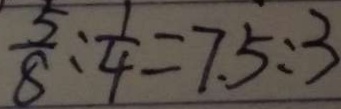
\frac { 5 } { 8 } : \frac { 1 } { 4 } = 7 . 5 : 3